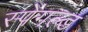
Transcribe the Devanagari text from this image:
स्पेंगल्ड